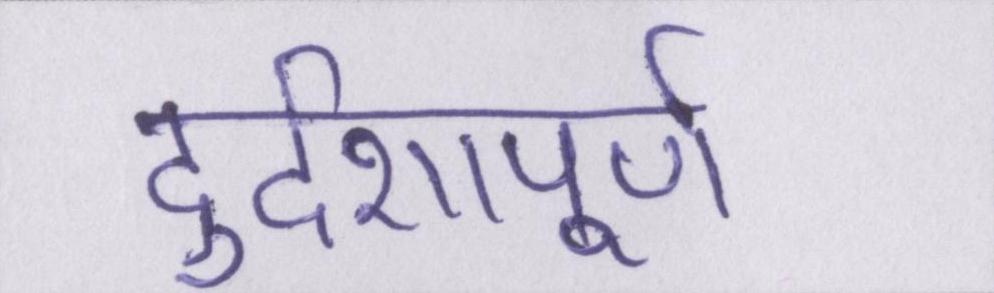
दुर्दशापूर्ण